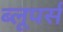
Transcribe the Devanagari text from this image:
ब्लूपर्स